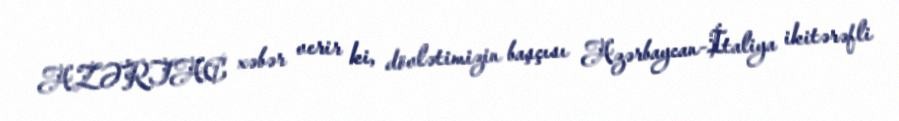
AZƏRTAC xəbər verir ki, dövlətimizin başçısı Azərbaycan-İtaliya ikitərəfli